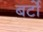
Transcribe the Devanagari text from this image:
बर्टो